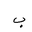
Letter: _ba